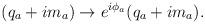
LaTeX: \begin{align*}(q_a + i m_a) \rightarrow e^{i\phi_a}(q_a + i m_a).\end{align*}